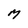
Character: M